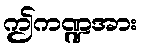
ဤကဏ္ဍအား